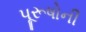
પૂરૂષોની